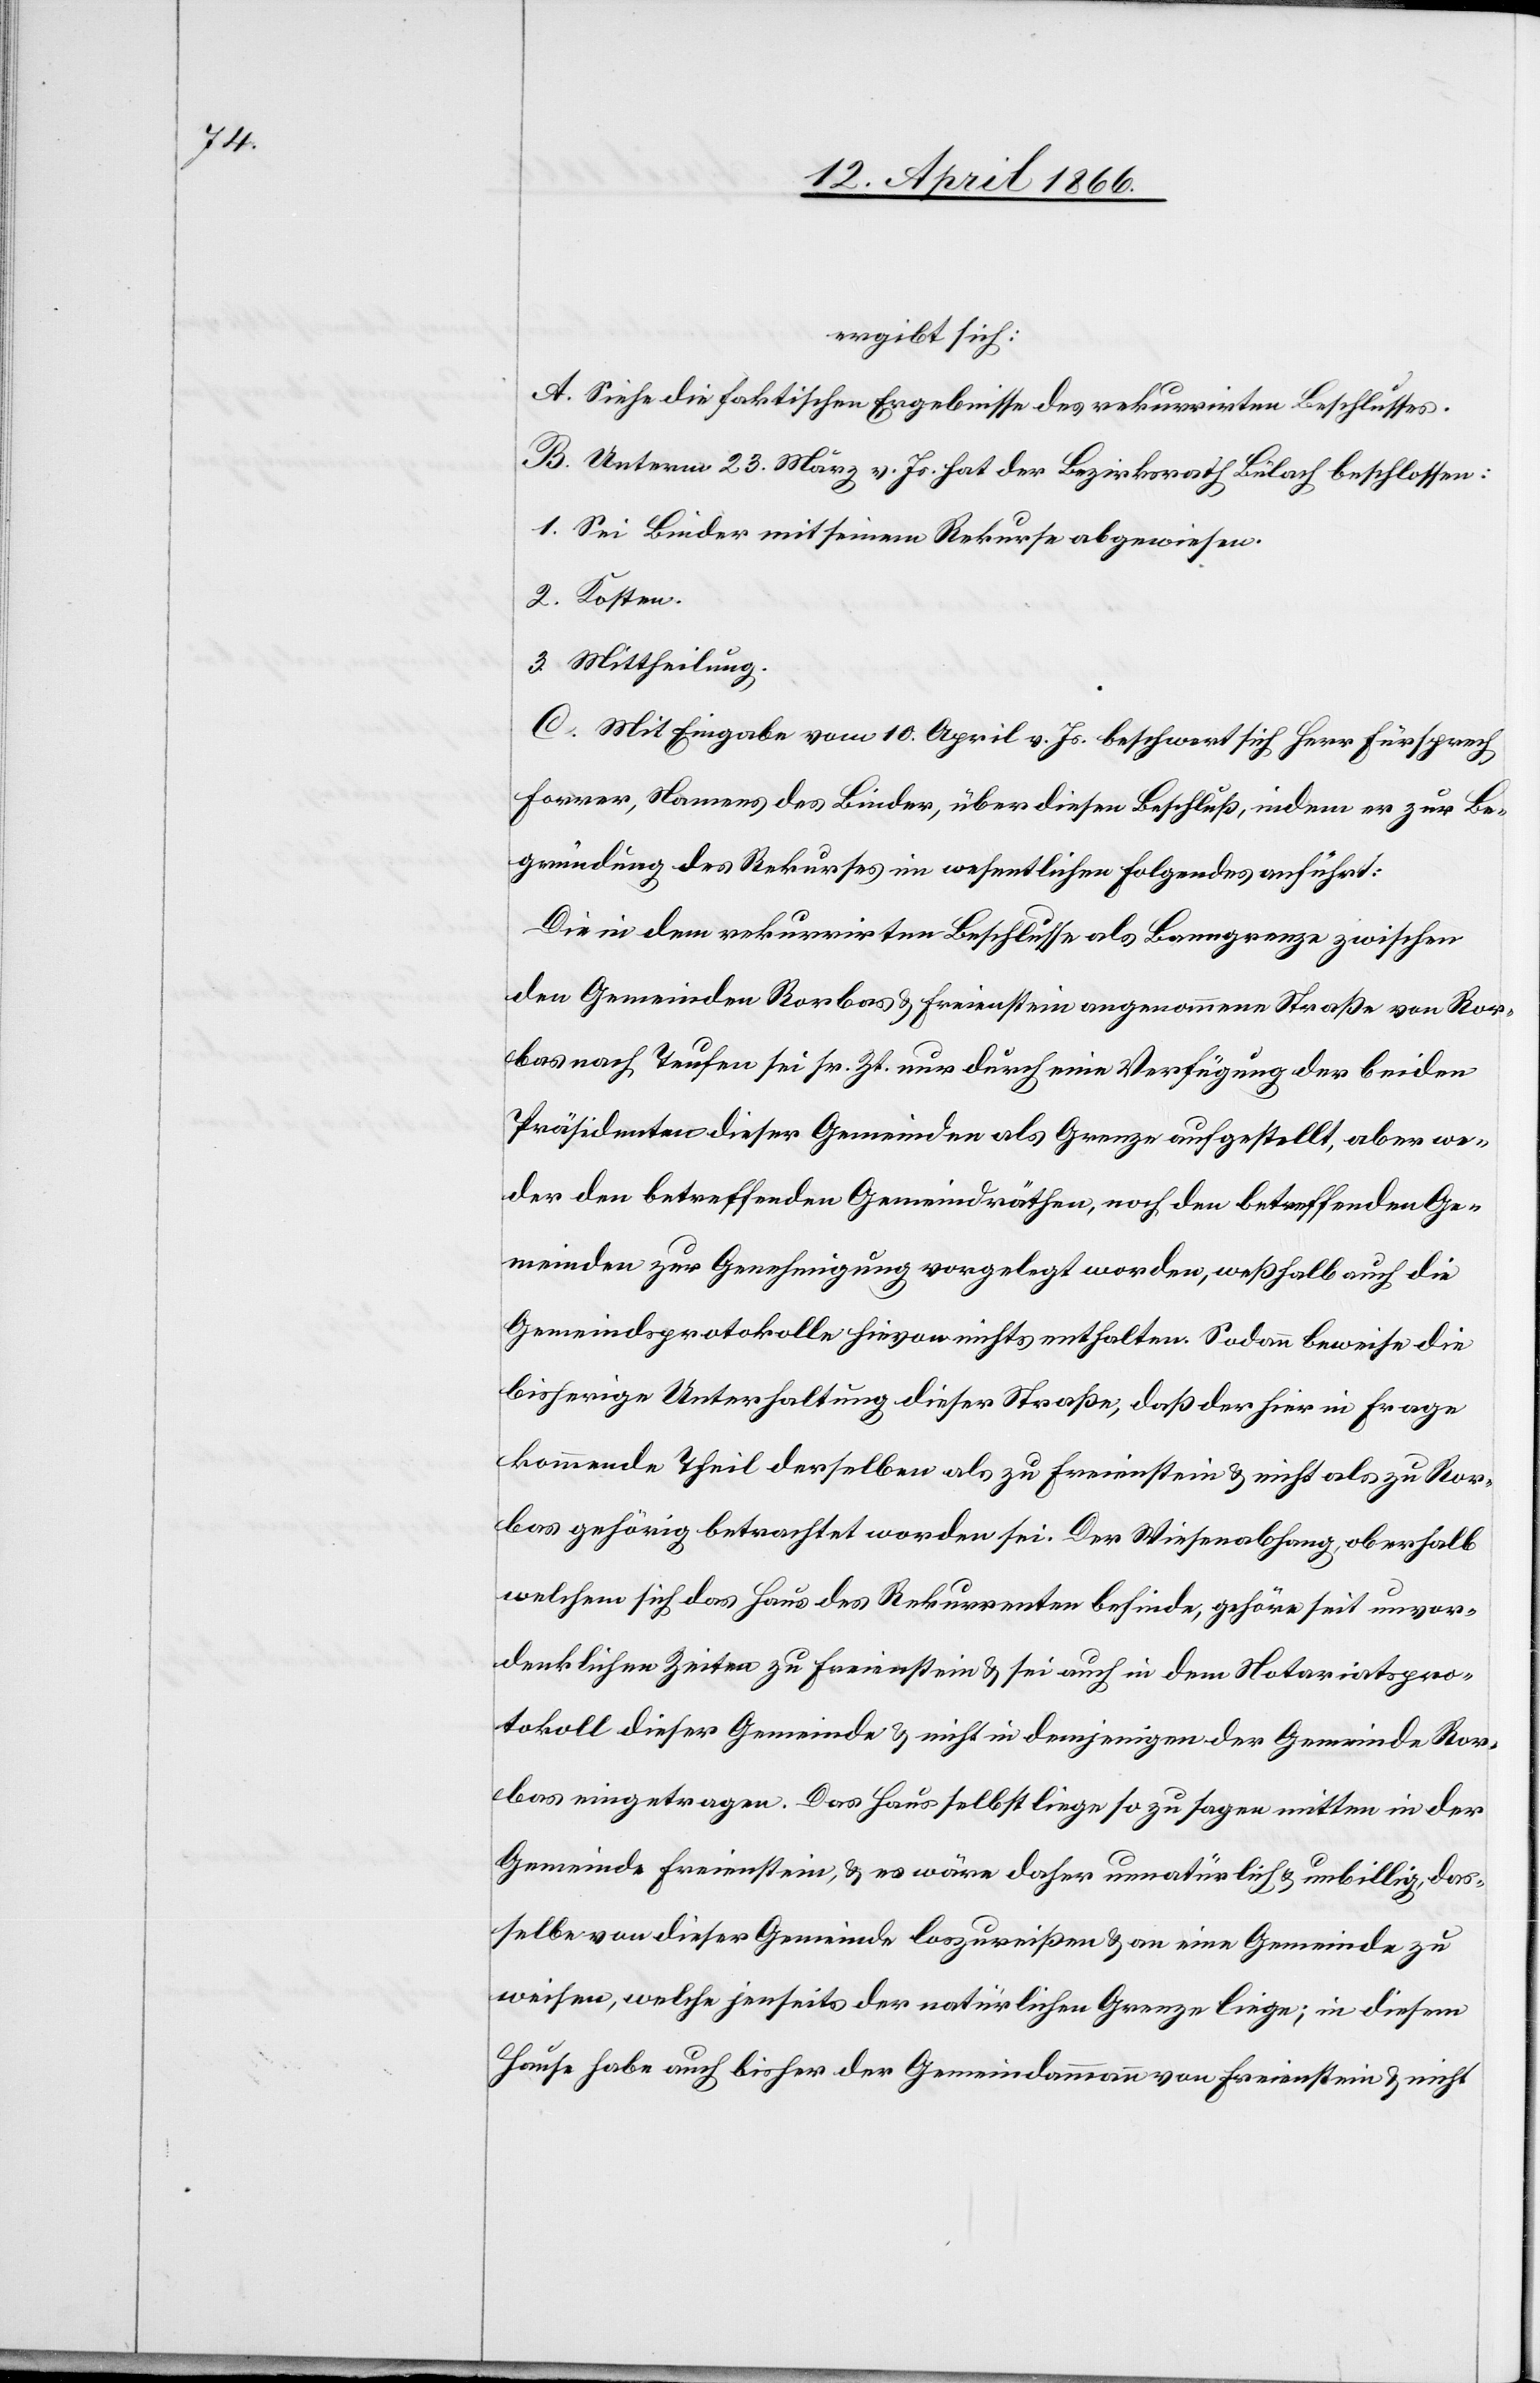
ergibt sich:
A. Siehe die faktischen Ergebnisse des rekurrirten Beschlusses.
B. Unterm 23. März v. Js. hat der Bezirksrath Bülach beschlossen:
1. Sei Binder mit seinem Rekurs abgewiesen.
2. Kosten.
3. Mittheilung.
C. Mit Eingabe vom 10. April v. Js. beschwert sich Herr Fürsprech
Forrer, Namens des Binder, über diesen Beschluß, indem er zur Be¬
gründung des Rekurses im wesentlichen folgendes anführt:
Die in dem rekurrirten Beschlusse als Banngrenze zwischen
den Gemeinden Rorbas u. Freienstein angenommene Straße von Ror¬
bas nach Taufen sei sr. Zt. nur durch eine Verfügung der beiden
Präsidenten dieser Gemeinden als Grenze aufgestellt, aber we¬
der den betreffenden Gemeindräthen, noch den betreffenden Ge¬
meinden zur Genehmigung vorgelegt worden, weßhalb auch die
Gemeindsprotokolle hievon nichts enthalten. Sodann beweise die
bisherige Unterhaltung dieser Straße, daß der hier in Frage
kommende Theil derselben als zu Freienstein u. nicht als zu Ror¬
bas gehörig betrachtet worden sei. Der Wiesenabhang, oberhalb
welchem sich das Haus des Rekurrenten befinde, gehöre seit unvor¬
denklichen Zeiten zu Freienstein u. sei auch in dem Notariatspro¬
tokoll dieser Gemeinde u. nicht in demjenigen der Gemeinde Ror¬
bas eingetragen. Das Haus selbst liege so zu sagen mitten in der
Gemeinde Freienstein, u. es wäre daher unnatürlich u. unbillig, das¬
selbe von dieser Gemeinde loszureißen u. an eine Gemeinde zu
weisen, welche jenseits der natürlichen Grenze liege; in diesem
Hause habe auch bisher der Gemeindammann von Freienstein u. nicht